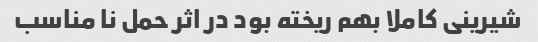
شیرینی کاملا بهم ریخته بود در اثر حمل نا مناسب